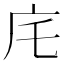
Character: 㡯